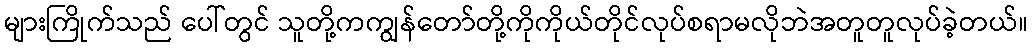
များကြိုက်သည် ပေါ်တွင် သူတို့ကကျွန်တော်တို့ကိုကိုယ်တိုင်လုပ်စရာမလိုဘဲအတူတူလုပ်ခဲ့တယ်။